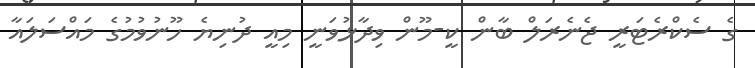
ގެ ސެކްރެޓަރީ ޖެނެރަލް ބާން ކީ-މޫން ވިދާޅުވަނީ މިއީ ދުނިޔެ ހޫނުވުމުގެ މައްސަލައާ